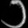
Digit: ၁